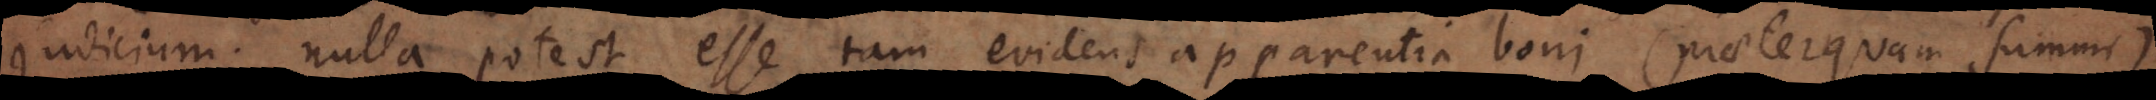
judicium; nulla potest esse tam evidens apparentia boni (praeterquam summi)